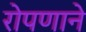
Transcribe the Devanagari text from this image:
रोपणाने